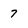
Character: 7